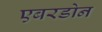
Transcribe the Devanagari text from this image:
एबरडोन